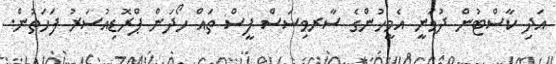
އަދި ކާސްޓުން ދުވަނީ އެމީހުންގެ ސާރވިސަސް ފީސް ތައް ހޯދަން ޕްރޮޑިއުސަރު ފަހަތުން.